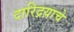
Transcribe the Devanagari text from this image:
दारिद्रय़ाचे